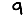
Digit: 9